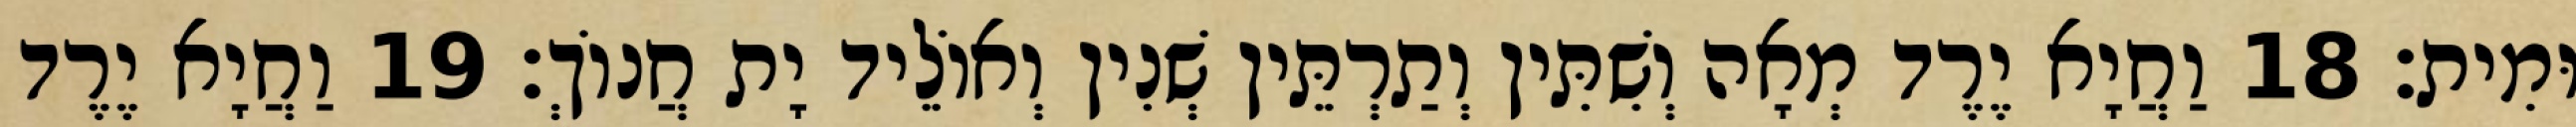
וּמִית׃ 18 וַחֲיָא יֶרֶד מְאָה וְשִׁתִּין וְתַרְתֵּין שְׁנִין וְאוֹלֵיד יָת חֲנוֹךְ׃ 19 וַחֲיָא יֶרֶד